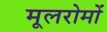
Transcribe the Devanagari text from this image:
मूलरोमों